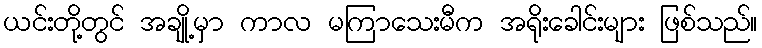
ယင်းတို့တွင် အချို့မှာ ကာလ မကြာသေးမီက အရိုးခေါင်းများ ဖြစ်သည်။